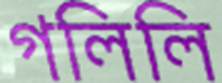
গলিলি